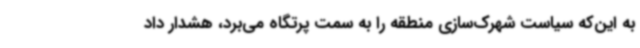
به این‌که سیاست شهرک‌سازی‌ منطقه را به سمت پرتگاه می‌برد، هشدار داد